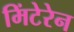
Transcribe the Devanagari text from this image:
मिंटेरेन